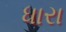
ધારા